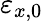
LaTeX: \varepsilon_{x,0}